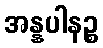
အန္နပါနဉ္စ